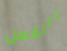
بالفصل